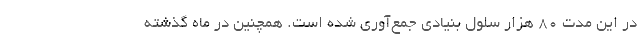
در این مدت 80 هزار سلول بنیادی جمع‌آوری شده است. همچنین در ماه گذشته